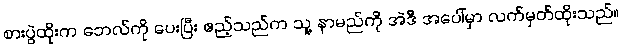
စားပွဲထိုးက ဘေလ်ကို ပေးပြီး ဧည့်သည်က သူ့ နာမည်ကို အဲဒီ အပေါ်မှာ လက်မှတ်ထိုးသည်။